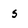
Character: s